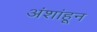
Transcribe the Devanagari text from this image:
अंशांहून